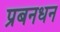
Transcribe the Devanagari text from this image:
प्रबनधन